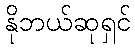
နိုဘယ်ဆုရှင်